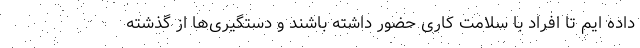
داده ایم تا افراد با سلامت کاری حضور داشته باشند و دستگیری‌ها از گذشته